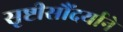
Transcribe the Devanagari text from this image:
सृष्टीसौंदर्याने